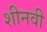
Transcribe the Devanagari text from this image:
शीनवी